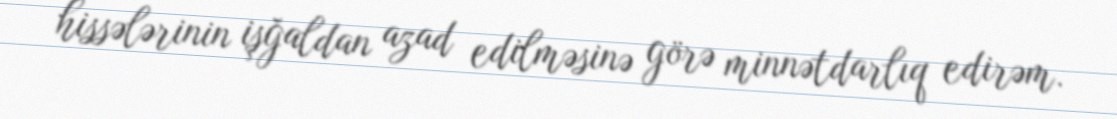
hissələrinin işğaldan azad edilməsinə görə minnətdarlıq edirəm.